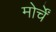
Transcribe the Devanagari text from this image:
मोर्चें